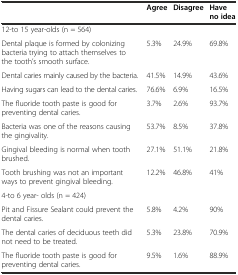
|  | Agree | Disagree | Have no idea |
 | --- | --- | --- | --- |
 | 12-to 15 year-olds (n = 564) |  |  |  |
 | Dental plaque is formed by colonizing bacteria trying to attach themselves to the tooth’s smooth surface. | 5.3% | 24.9% | 69.8% |
 | Dental caries mainly caused by the bacteria. | 41.5% | 14.9% | 43.6% |
 | Having sugars can lead to the dental caries. | 76.6% | 6.9% | 16.5% |
 | The fluoride tooth paste is good for preventing dental caries. | 3.7% | 2.6% | 93.7% |
 | Bacteria was one of the reasons causing the gingivality. | 53.7% | 8.5% | 37.8% |
 | Gingival bleeding is normal when tooth brushed. | 27.1% | 51.1% | 21.8% |
 | Tooth brushing was not an important ways to prevent gingival bleeding. | 12.2% | 46.8% | 41% |
 | 4-to 6 year- olds (n = 424) |  |  |  |
 | Pit and Fissure Sealant could prevent the dental caries. | 5.8% | 4.2% | 90% |
 | The dental caries of deciduous teeth did not need to be treated. | 5.3% | 23.8% | 70.9% |
 | The fluoride tooth paste is good for preventing dental caries. | 9.5% | 1.6% | 88.9% |